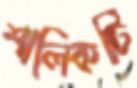
শালিকটি